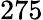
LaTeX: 275